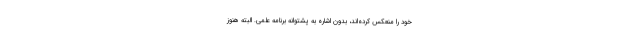
خود را منعكس كرده‌اند، بدون اشاره به پشتوانه برنامه علمي. البته هنوز